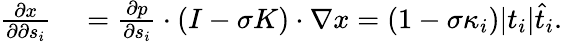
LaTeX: \begin{array}{rl}{\frac{\partial x}{\partial\partial s_{i}}}&{{}=\frac{\partial p}{\partial s_{i}}\cdot(I-\sigma K)\cdot\nabla x=(1-\sigma\kappa_{i})|t_{i}|\widehat{t}_{i}.}\end{array}